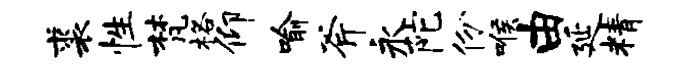
裘性梵格仰喻斧永陀份喉由延精